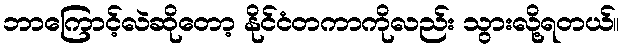
ဘာကြောင့်လဲဆိုတော့ နိုင်ငံတကာကိုလည်း သွားလို့ရတယ်။